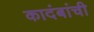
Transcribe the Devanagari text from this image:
कादंबांची